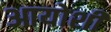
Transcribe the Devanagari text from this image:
आयोशी